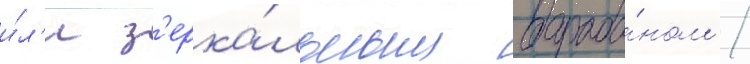
и́л'и з'ерка́льным бараба́ном /